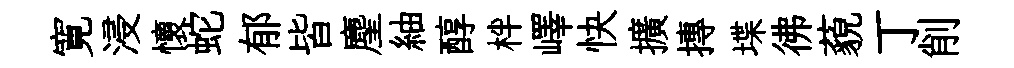
寛浸懷蛇郁皆麈紬醇柈嶧快擴摶堞彿藐丁削